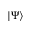
| \Psi \rangle